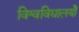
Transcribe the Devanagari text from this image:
विश्वविद्यालयोँ